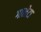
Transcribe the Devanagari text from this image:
गालेटा